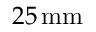
2 5 \, \mathrm { m m }